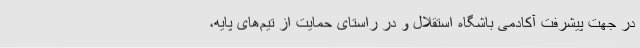
در جهت پیشرفت آکادمی باشگاه استقلال و در راستای حمایت از تیم‌های پایه،